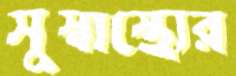
সুস্বাস্থ্যের